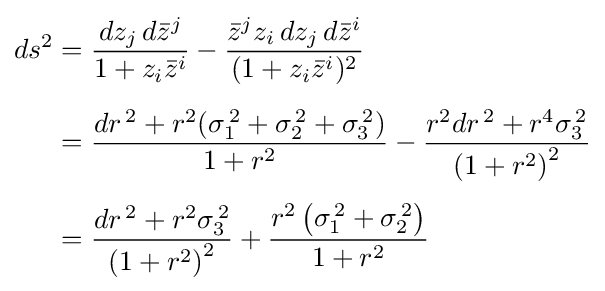
{\begin{aligned}ds^{2}&={\frac {dz_{j}\,d{\bar {z}}^{j}}{1+z_{i}{\bar {z}}^{i}}}-{\frac {{\bar {z}}^{j}z_{i}\,dz_{j}\,d{\bar {z}}^{i}}{(1+z_{i}{\bar {z}}^{i})^{2}}}\\[5pt]&={\frac {dr^{\,2}+r^{2}(\sigma _{1}^{\,2}+\sigma _{2}^{\,2}+\sigma _{3}^{\,2})}{1+r^{2}}}-{\frac {r^{2}dr^{\,2}+r^{4}\sigma _{3}^{\,2}}{\left(1+r^{2}\right)^{2}}}\\[4pt]&={\frac {dr^{\,2}+r^{2}\sigma _{3}^{\,2}}{\left(1+r^{2}\right)^{2}}}+{\frac {r^{2}\left(\sigma _{1}^{\,2}+\sigma _{2}^{\,2}\right)}{1+r^{2}}}\end{aligned}}